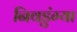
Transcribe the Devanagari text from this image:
निवडुंग्या